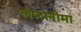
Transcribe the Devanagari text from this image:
लेप्टोनीमा